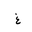
Letter: _gayn